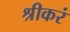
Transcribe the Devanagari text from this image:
श्रीकरं